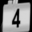
Digit: 4